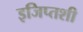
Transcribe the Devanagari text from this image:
इजिप्तशी